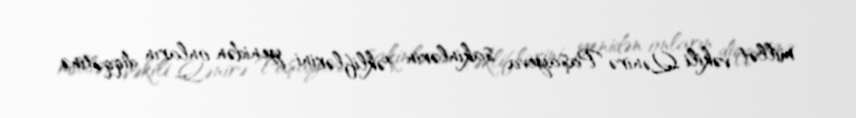
millət vəkili Qənirə Paşayeva sakinlərin təkliflərini yenidən onların diqqətinə